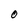
Character: O